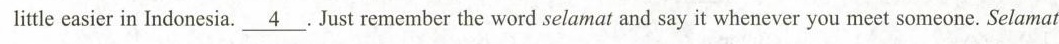
llittle easier in Indonesia.J\underline{4}ust remember the word selamat and say it whenever you mect somcone. Selamat